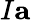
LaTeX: I\mathbf{a}